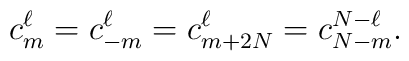
c_m^{\ell}=c_{-m}^{\ell}=c_{m+2N}^{\ell}=c_{N-m}^{N-\ell}.